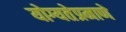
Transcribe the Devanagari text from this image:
योग्यतेप्रमाणे